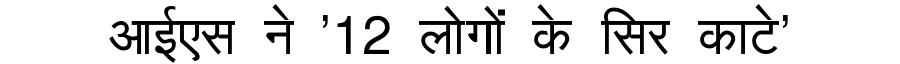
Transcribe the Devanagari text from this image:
आईएस ने '12 लोगों के सिर काटे'